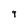
Character: 9